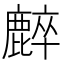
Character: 𪋌